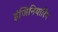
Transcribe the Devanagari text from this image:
इंजिनियारिंग